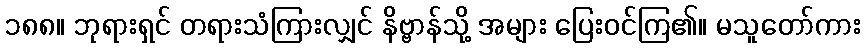
၁၈၈။ ဘုရားရှင် တရားသံကြားလျှင် နိဗ္ဗာန်သို့ အများ ပြေးဝင်ကြ၏။ မသူတော်ကား